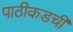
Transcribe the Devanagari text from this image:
पाठीकडची